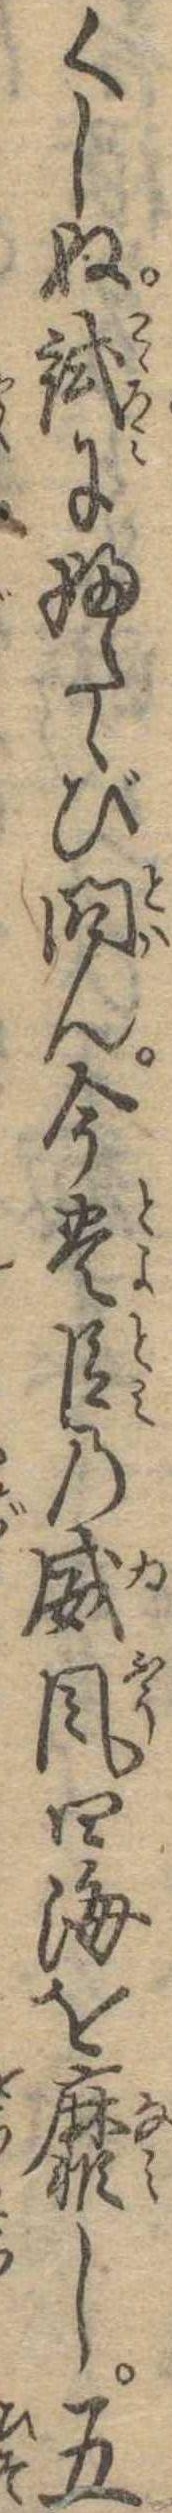
くしぬ試にふたゝび問ん今豊臣の威風四海を靡し五